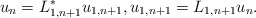
\begin{align*} u_{n} = L_{1,n+1}^* u_{1,n+1}, u_{1,n+1} = L_{1,n+1}u_{n}. \end{align*}